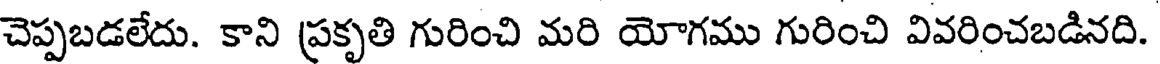
చెప్పబడలేదు. కాని ప్రకృతి గురించి మరి యోగము గురించి వివరించబడినది.